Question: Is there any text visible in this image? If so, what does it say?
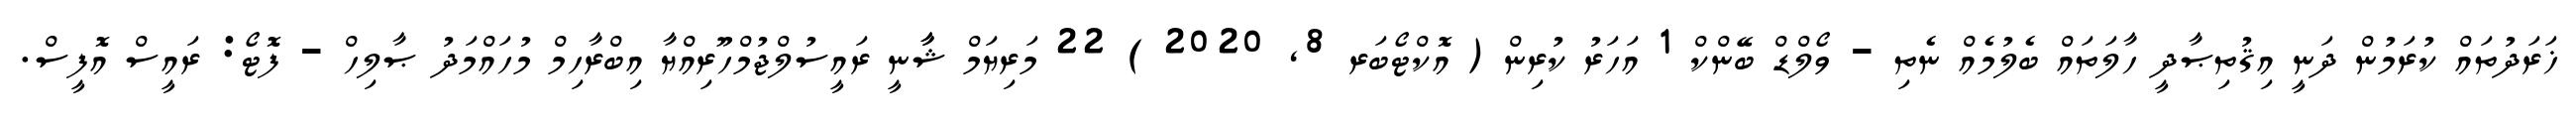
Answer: ޚަރަދުތައް ކުރަމުން ދަނީ އިޤުތިޞާދީ ހާލަތައް ބެލުމެއް ނެތި - ވޯލްޑް ބޭންކް 1 އަހަރު ކުރިން ( އޮކްޓޯބަރ 8, 2020 ) 22 މަރިޔަމް ޝާާނީ ރައީސުލްޖުމްހޫރިއްޔާ އިބްރާހިމް މުހައްމަދު ޞާލިހް - ފޮޓޯ: ރައީސް އޮފީސް.